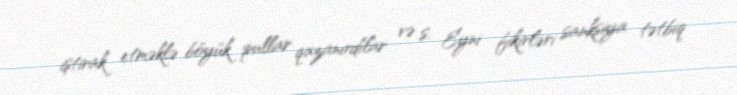
iştirak etməklə böyük pullar qazanırdılar və s. Eyni fikirləri sanksiya tətbiq